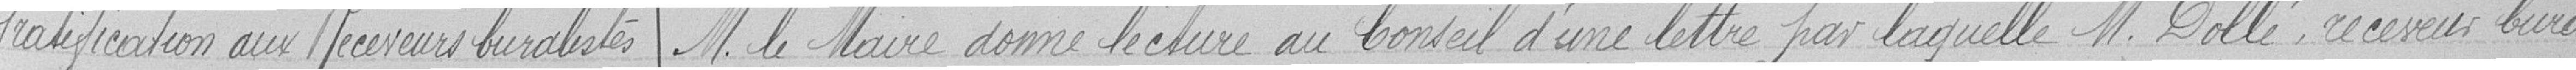
Gratification aux Receveurs buralistes   M. le Maire donne lecture au Conseil d'une lettre par laquelle M. Dollé, receveur bura-